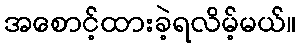
အစောင့်ထားခဲ့ရလိမ့်မယ်။